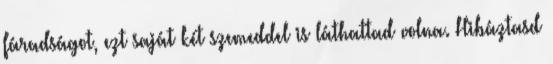
fáradságot, ezt saját két szemeddel is láthattad volna. Hibáztasd